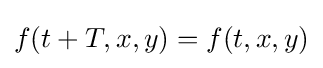
f(t+T,x,y)=f(t,x,y)